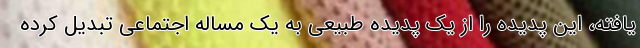
یافته، این پدیده را از یک پدیده طبیعی به یک مساله اجتماعی تبدیل کرده